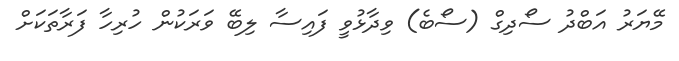
މޭޔަރު އަބްދު ސޯދިގް (ސޯބެ) ވިދާޅުވީ ފައިސާ ލިބޭ ވަރަކުން ހުރިހާ ފަރާތަކަށް